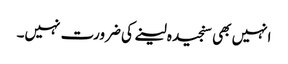
انہیں بھی سنجیدہ لینے کی ضرورت نہیں۔